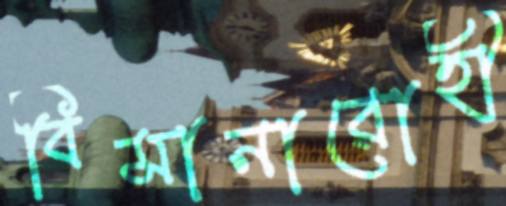
বিমানারোহী